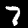
Label: 7